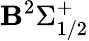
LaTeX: \mathbf{B}^{2}\Sigma_{1/2}^{+}